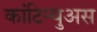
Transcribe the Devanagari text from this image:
कांटिन्युअस